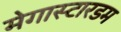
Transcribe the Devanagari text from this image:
मेगास्टारडम